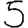
Digit: 5